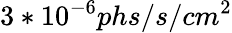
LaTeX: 3*10^{-6}phs/s/cm^{2}